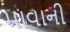
માવાની